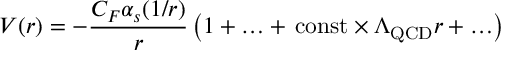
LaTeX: V ( r ) = - \frac { C _ { F } \alpha _ { s } ( 1 / r ) } { r } \left( 1 + \ldots + \, \mathrm { c o n s t } \times \Lambda _ { \mathrm { Q C D } } r + \ldots \right)